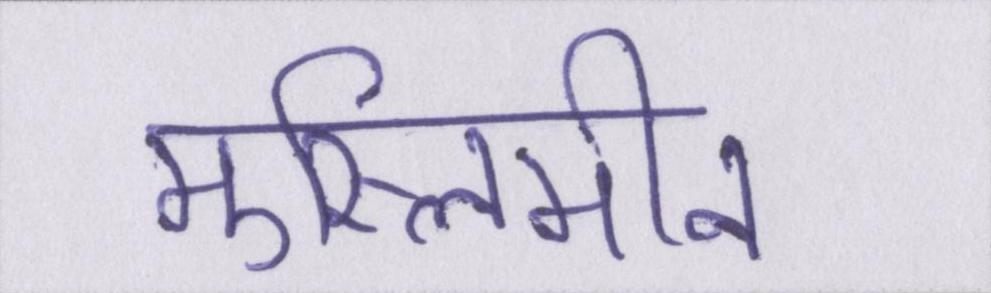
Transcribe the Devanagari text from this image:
मुस्लिमीन